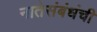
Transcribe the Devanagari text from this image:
नातेसंबंधंची